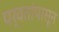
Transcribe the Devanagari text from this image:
पर्वतांपासून